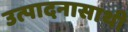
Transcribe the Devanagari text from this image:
उत्पादनासाथी